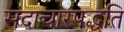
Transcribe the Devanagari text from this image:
सदाचारपद्धति